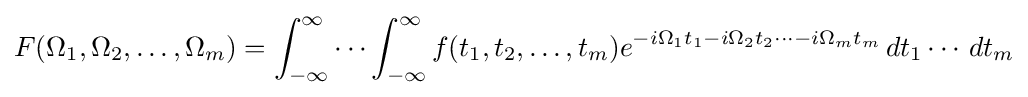
F(\Omega _{1},\Omega _{2},\ldots ,\Omega _{m})=\int _{-\infty }^{\infty }\cdots \int _{-\infty }^{\infty }f(t_{1},t_{2},\ldots ,t_{m})e^{-i\Omega _{1}t_{1}-i\Omega _{2}t_{2}\cdots -i\Omega _{m}t_{m}}\,dt_{1}\cdots \,dt_{m}